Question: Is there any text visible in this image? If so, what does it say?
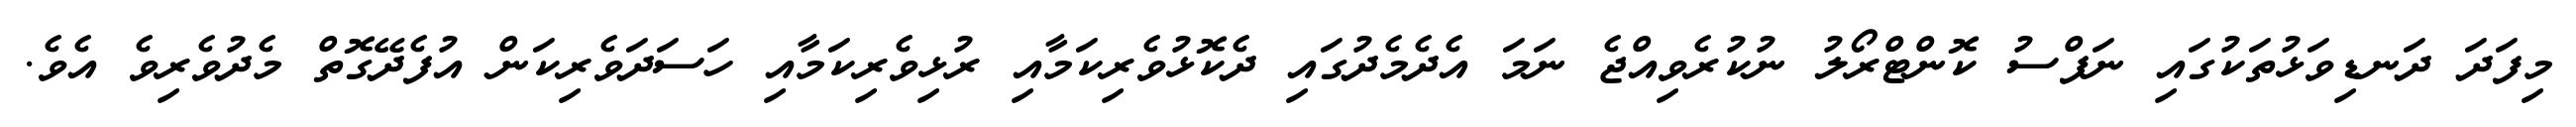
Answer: މިފަދަ ދަނޑިވަޅުތަކުގައި ނަފްސު ކޮންޓްރޯލު ނުކުރެވިއްޖެ ނަމަ އެދެމެދުގައި ދެކޮޅުވެރިކަމާއި ރުޅިވެރިކަމާއި ހަސަދަވެރިކަން އުފެދޭގޮތް މެދުވެރިވެ އެވެ.